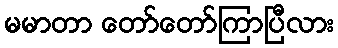
မမာတာ တော်တော်ကြာပြီလား